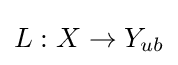
L:X\to Y_{ub}